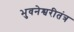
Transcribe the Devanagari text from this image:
भुवनेश्वरीतंत्र